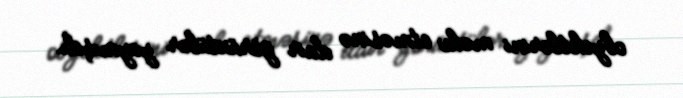
obyektlərini məhv etməsinə dair görüntülər yaymışdı.